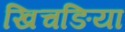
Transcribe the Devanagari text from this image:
खिचङिया